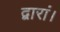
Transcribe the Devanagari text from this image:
द्वारां।